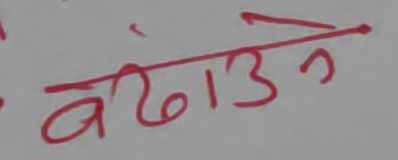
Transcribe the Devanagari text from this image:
बढाउने